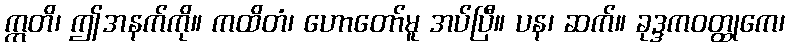
ဣတိ၊ ဤအနက်ကို။ ကထိတံ၊ ဟောတော်မူ အပ်ပြီ။ ပန၊ ဆက်။ ခုဒ္ဒကဝတ္ထုကေ၊